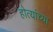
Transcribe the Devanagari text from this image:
होत्यांच्या